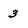
Character: 3